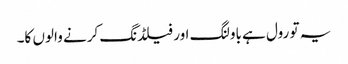
یہ تو رول ہے باولنگ اور فیلڈنگ کرنے والوں کا۔